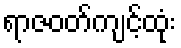
ရာဇဝတ်ကျင့်ထုံး